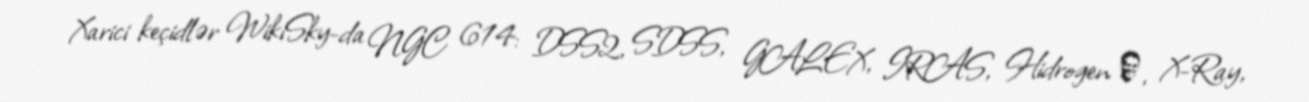
Xarici keçidlər WikiSky-da NGC 614: DSS2, SDSS, GALEX, IRAS, Hidrogen α, X-Ray,